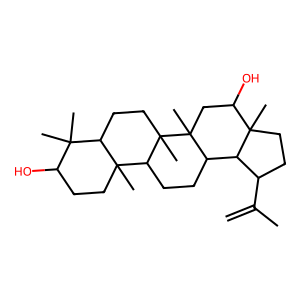
SMILES: C=C(C)C1CCC2(C)C(O)CC3(C)C(CCC4C5(C)CCC(O)C(C)(C)C5CCC43C)C12
Inhibits HIV replication: No